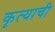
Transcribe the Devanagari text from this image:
कृत्याची